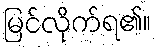
မြင်လိုက်ရ၏။